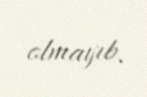
olmayıb.